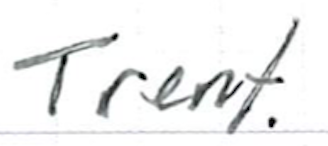
Text: Trent.
Cross-out: clean
Writing tool: ballpoint